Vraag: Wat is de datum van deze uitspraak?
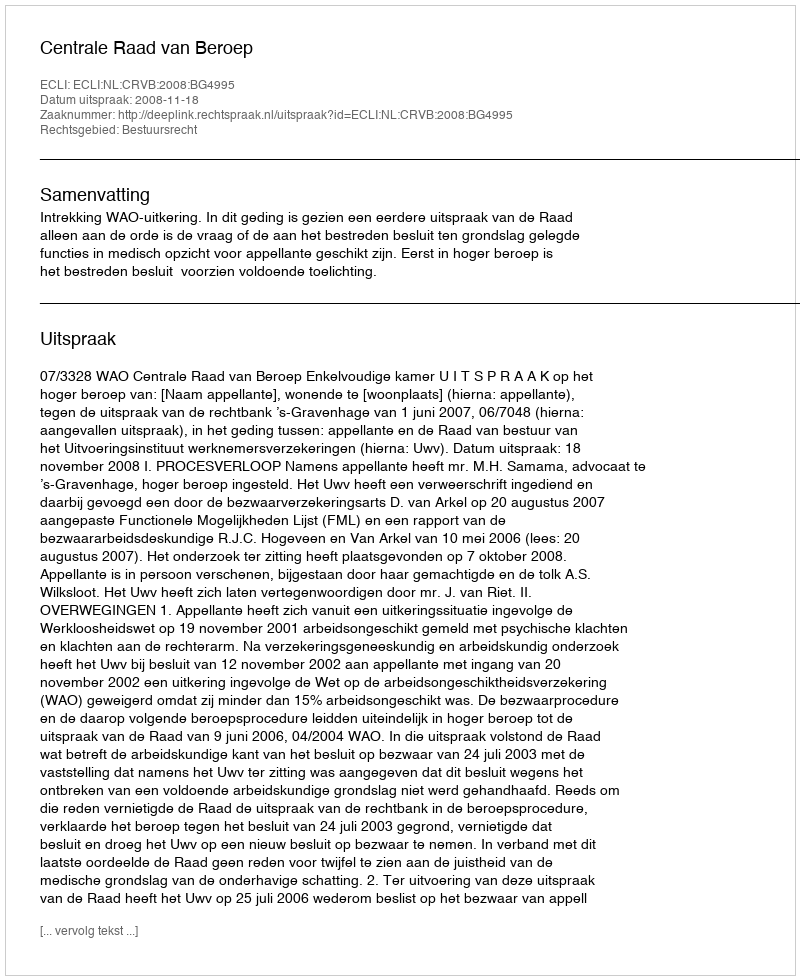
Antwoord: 2008-11-18